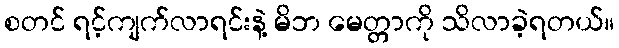
စတင် ရင့်ကျက်လာရင်းနဲ့ မိဘ မေတ္တာကို သိလာခဲ့ရတယ်။